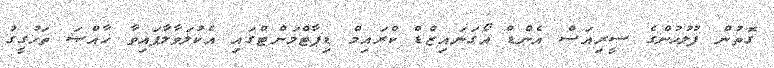
ގޮތުން ފުލުހުންގެ ސީރިއަސް އެންޑް އޯގަނައިޒްޑް ކްރައިމް ޑިޕާޓްމަންޓްގައި އެކުލަވާލާފައިވާ ޚާއްޞަ ތަހުގީގު